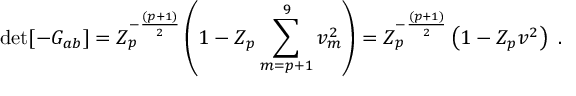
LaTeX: \operatorname * { d e t } [ - G _ { a b } ] = Z _ { p } ^ { - { \frac { ( p + 1 ) } { 2 } } } \left( 1 - Z _ { p } \sum _ { m = p + 1 } ^ { 9 } v _ { m } ^ { 2 } \right) = Z _ { p } ^ { - { \frac { ( p + 1 ) } { 2 } } } \left( 1 - Z _ { p } v ^ { 2 } \right) \ .